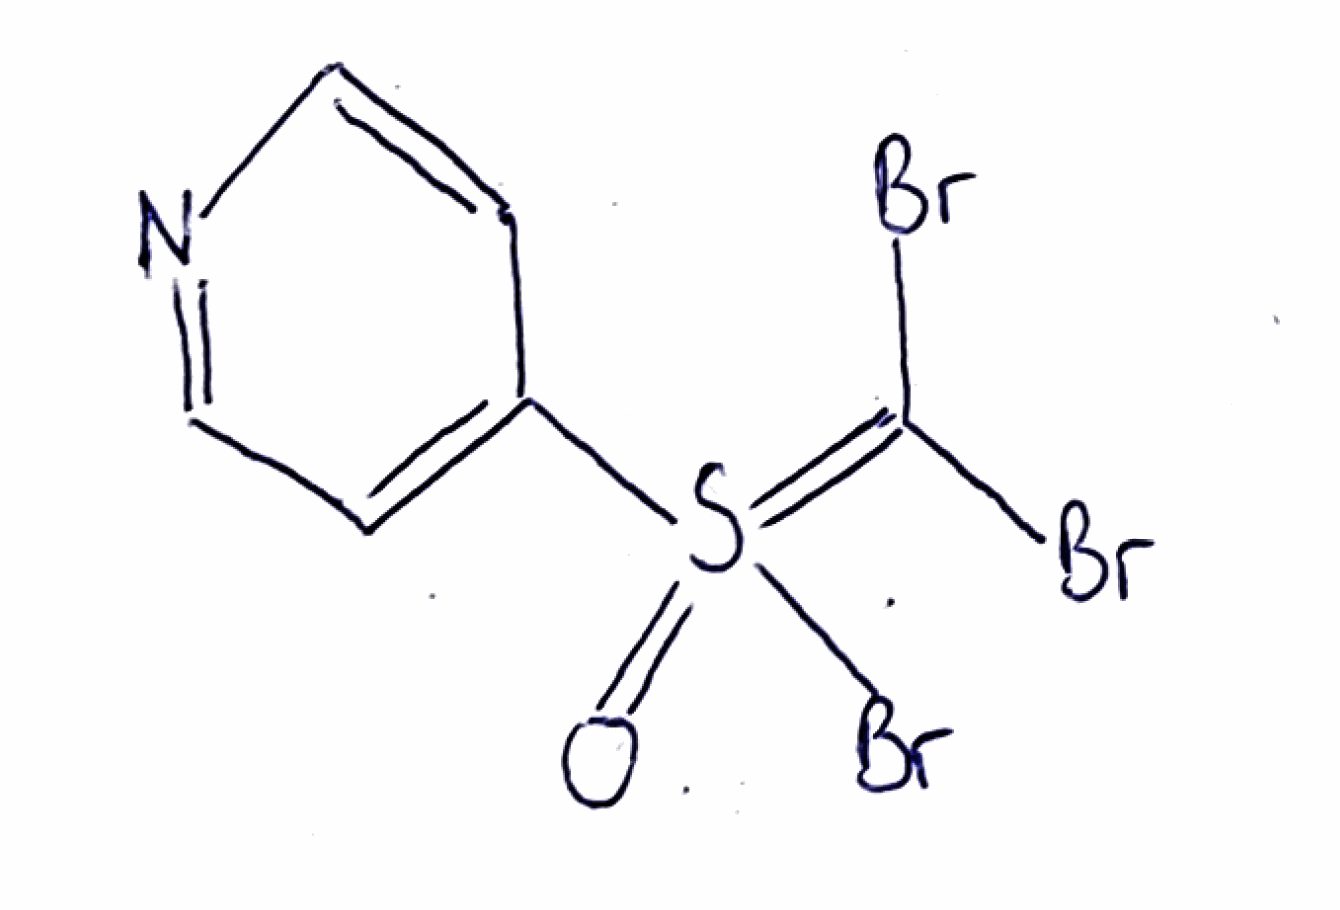
Simplified molecular-input line-entry system (SMILES) notation of the given molecule:
C1=CN=CC=C1S(=C(Br)Br)(=O)Br